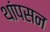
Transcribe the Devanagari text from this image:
थांपसन